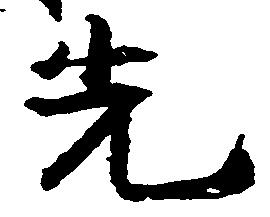
先